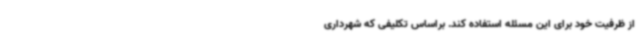
از ظرفیت خود برای این مسئله استفاده کند. براساس تکلیفی که شهرداری